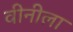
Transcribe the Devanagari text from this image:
वीनीला